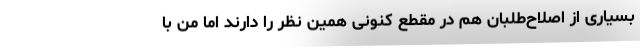
بسیاری از اصلاح‌طلبان هم در مقطع کنونی همین نظر را دارند اما من با